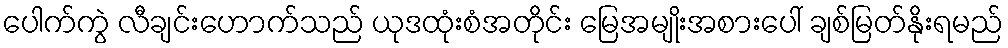
ပေါက်ကွဲ လီချင်းဟောက်သည် ယုဒထုံးစံအတိုင်း မြေအမျိုးအစားပေါ် ချစ်မြတ်နိုးရမည်